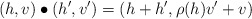
\begin{align*}(h,v) \bullet (h',v') = (h+h', \rho(h)v' + v) \end{align*}